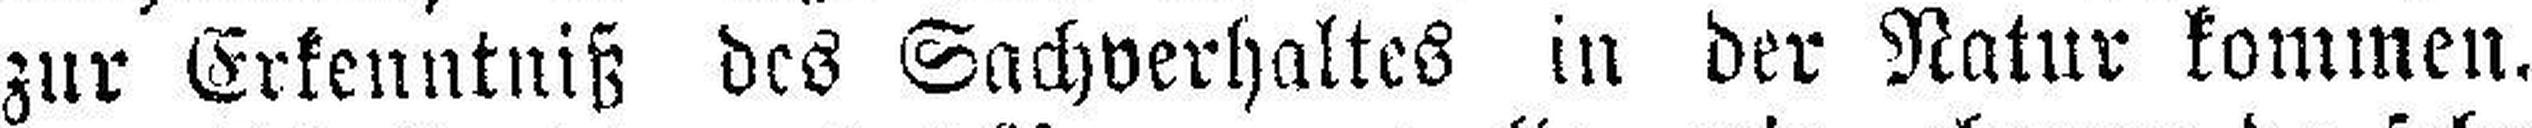
zur Erkenntniß des Sachverhaltes in der Natur kommen.